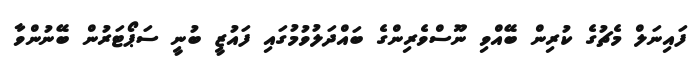
ފައިނަލް މެޗުގެ ކުރިން ބޭއްވި ނޫސްވެރިންގެ ބައްދަލުވުމުގައި ފައުޒީ ބުނީ ސަޕޯޓަރުން ބޭނުންވާ